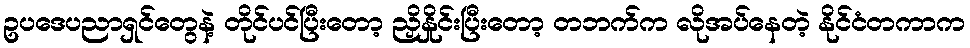
ဥပဒေပညာရှင်တွေနဲ့ တိုင်ပင်ပြီးတော့ ညှိနှိုင်းပြီးတော့ တဘက်က လိုအပ်နေတဲ့ နိုင်ငံတကာက